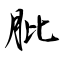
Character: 肶